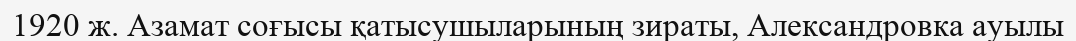
1920 ж. Азамат соғысы қатысушыларының зираты, Александровка ауылы